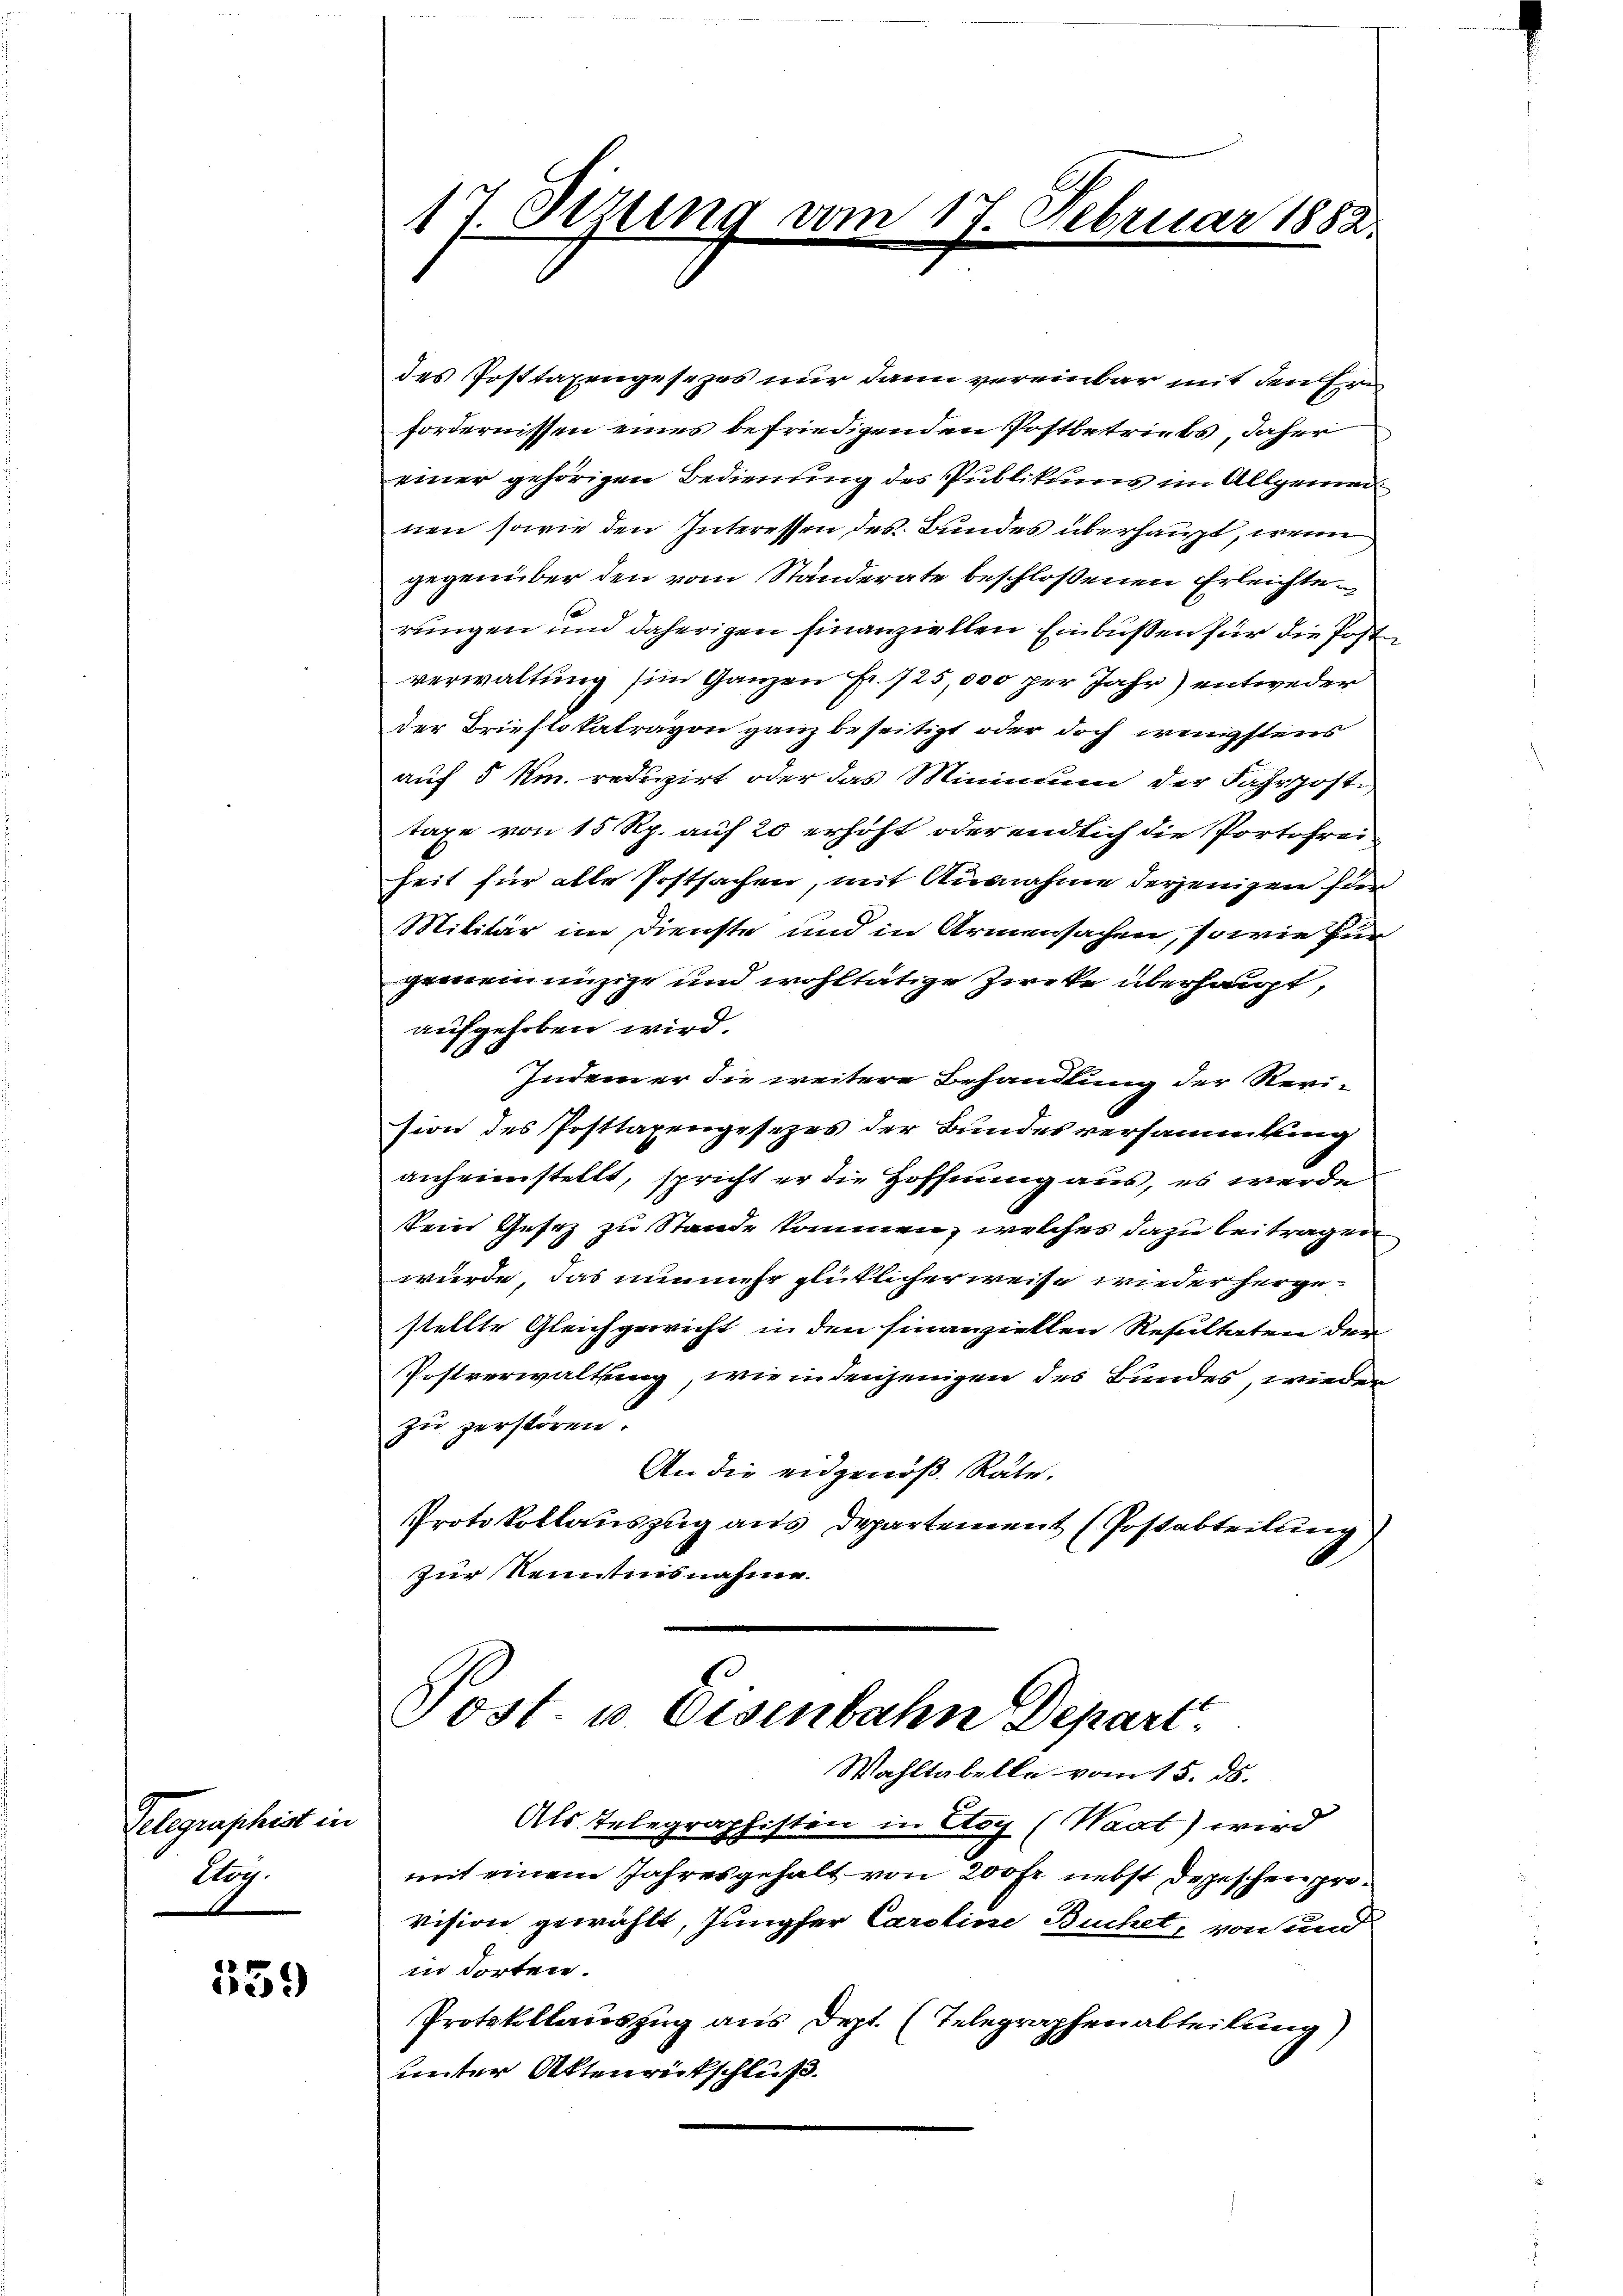
Telegraphist in
Stön.

539

17. Jezung am 17. Februar 1882.

des Posttaxengesezes nur dann vereinbar mit den Ern
fordernissen eines befriedigenden Postbetriebs, daher
einer gehörigen Bedienung des Publikums im Allgemei
nen sowie den Interessen, des Bundes überhaupt, wenn
gegenüber den vom Ständerate beschlossenen Erleichte
rungen und daherigen hinanziellen Einbüßen für die Postverwaltung im Ganzen Fr. 725,000 per Jahr) entweder
der Brieflokalravon ganz beseitigt oder doch wenigstens
auf 5 km. reduzirt oder das Minimum der Fahrposte,
taxe von 15 Rp. auf 20 erhöht oder endlich die Portofrei
heit für alle Postsachen, mit Ausnahme derjenigen für
Militär im Dienste und in Armensachen, so wie für
gemeinanzige und wohltätige Zwecke überhaupt,
aufgehoben wird.
Indem er die weitere Behandlung der Revi-
sion des Posttaxengesezes der Bundesversammlung
anheimstellt, spricht er die Hoffnung aus, es werde
sein Gesez zu Stande kommen, welches dazu beitragen
würde, das nunmehr glücklicher weise wieder hergestellte Gleichgewicht in den finanziellen Resultaten der
Postverwaltung, wie in denjenigen des Bundes, wieder
zu zerstören.
An die eidgenöß. Räte,
Protokollauszug aus Departement (Postabteilung
zur Kenntnisnahme.
Post. u. Eisenbahn Depart
Wahltabelle vom 15. ds.
Als Telegraphisten in Steg (Waat) wird
mit einem Jahresgehalt von 200 Fr. nebst Depeschen provision gewählt, Jungfer Caroline Buchet, von und
in dorten.
Protokollauszug aus Dept. (Telegraphenabteilung)
unter Aktenrückschluß.